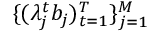
\{ ( \lambda _ { j } ^ { t } b _ { j } ) _ { t = 1 } ^ { T } \} _ { j = 1 } ^ { M }